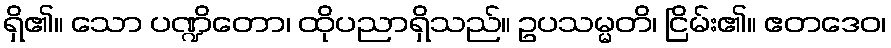
ရှိ၏။ သော ပဏ္ဍိတော၊ ထိုပညာရှိသည်။ ဥပသမ္မတိ၊ ငြိမ်း၏။ ဧတဒေဝ၊